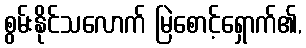
စွမ်းနိုင်သလောက် မြဲစောင့်ရှောက်၏,